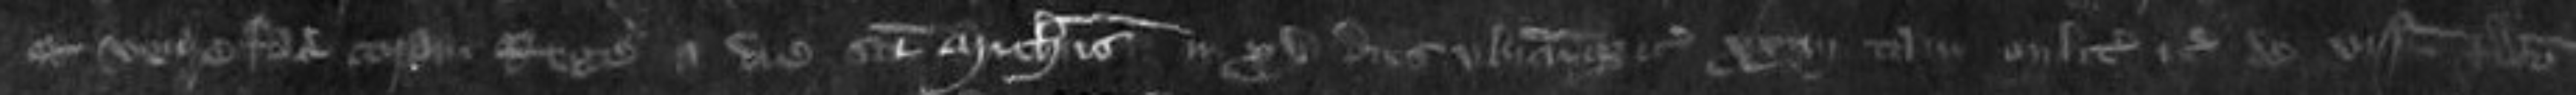
quod venire faciat coram Rege a die Sancti Michaelis in XV dies ubicumque etc xxiiii tam milites etc de visnetu predicto